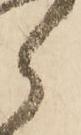
郎